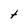
Character: t